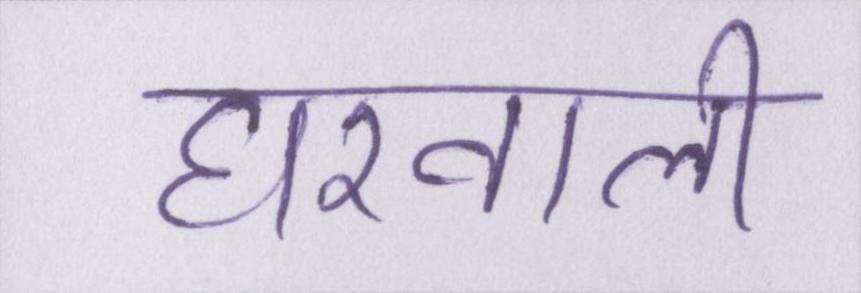
घरवाली